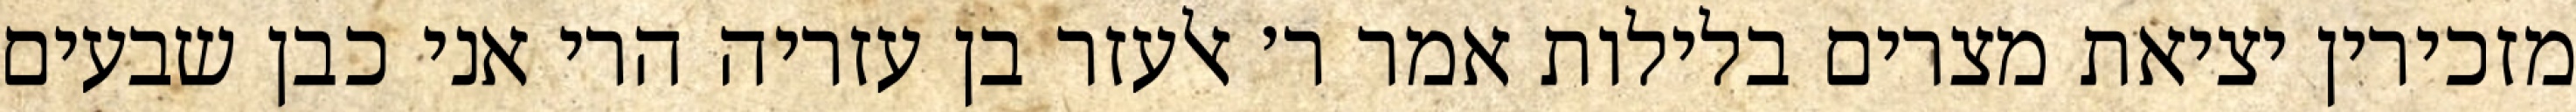
מזכירין יציאת מצרים בלילות אמר ר׳ אלעזר בן עזריה הרי אני כבן שבעים